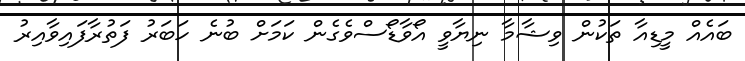
ބައެއް މީޑިއާ ތަކުން ވިޝާމާ ނިޔާވީ އޯވާޑޯސްވެގެން ކަމަށް ބުނެ ހަބަރު ފަތުރާފައިވާއިރު